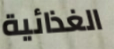
الغذائية